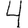
Digit: 4